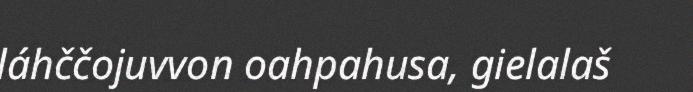
láhččojuvvon oahpahusa, gielalaš